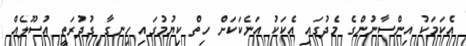
އެކަމަކު އިންސާނުންގެ މެދުގައި އެކަކު އަނެކަކަށް ހިތް ކިޔުމުގައި ހިނގާ ގުދުރަތީ އުސޫލެއް